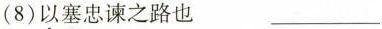
(8)以塞忠谏之路也___